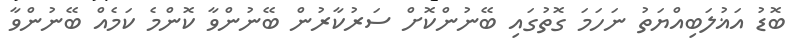
ބޮޑު އަޣުލަބިއްޔަތު ނަހަމަ ގޮތުގައި ބޭނުންކޮށް ސަރުކާރުން ބޭނުންވާ ކޮންމެ ކަމެއް ބޭނުންވާ